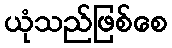
ယုံသည်ဖြစ်စေ